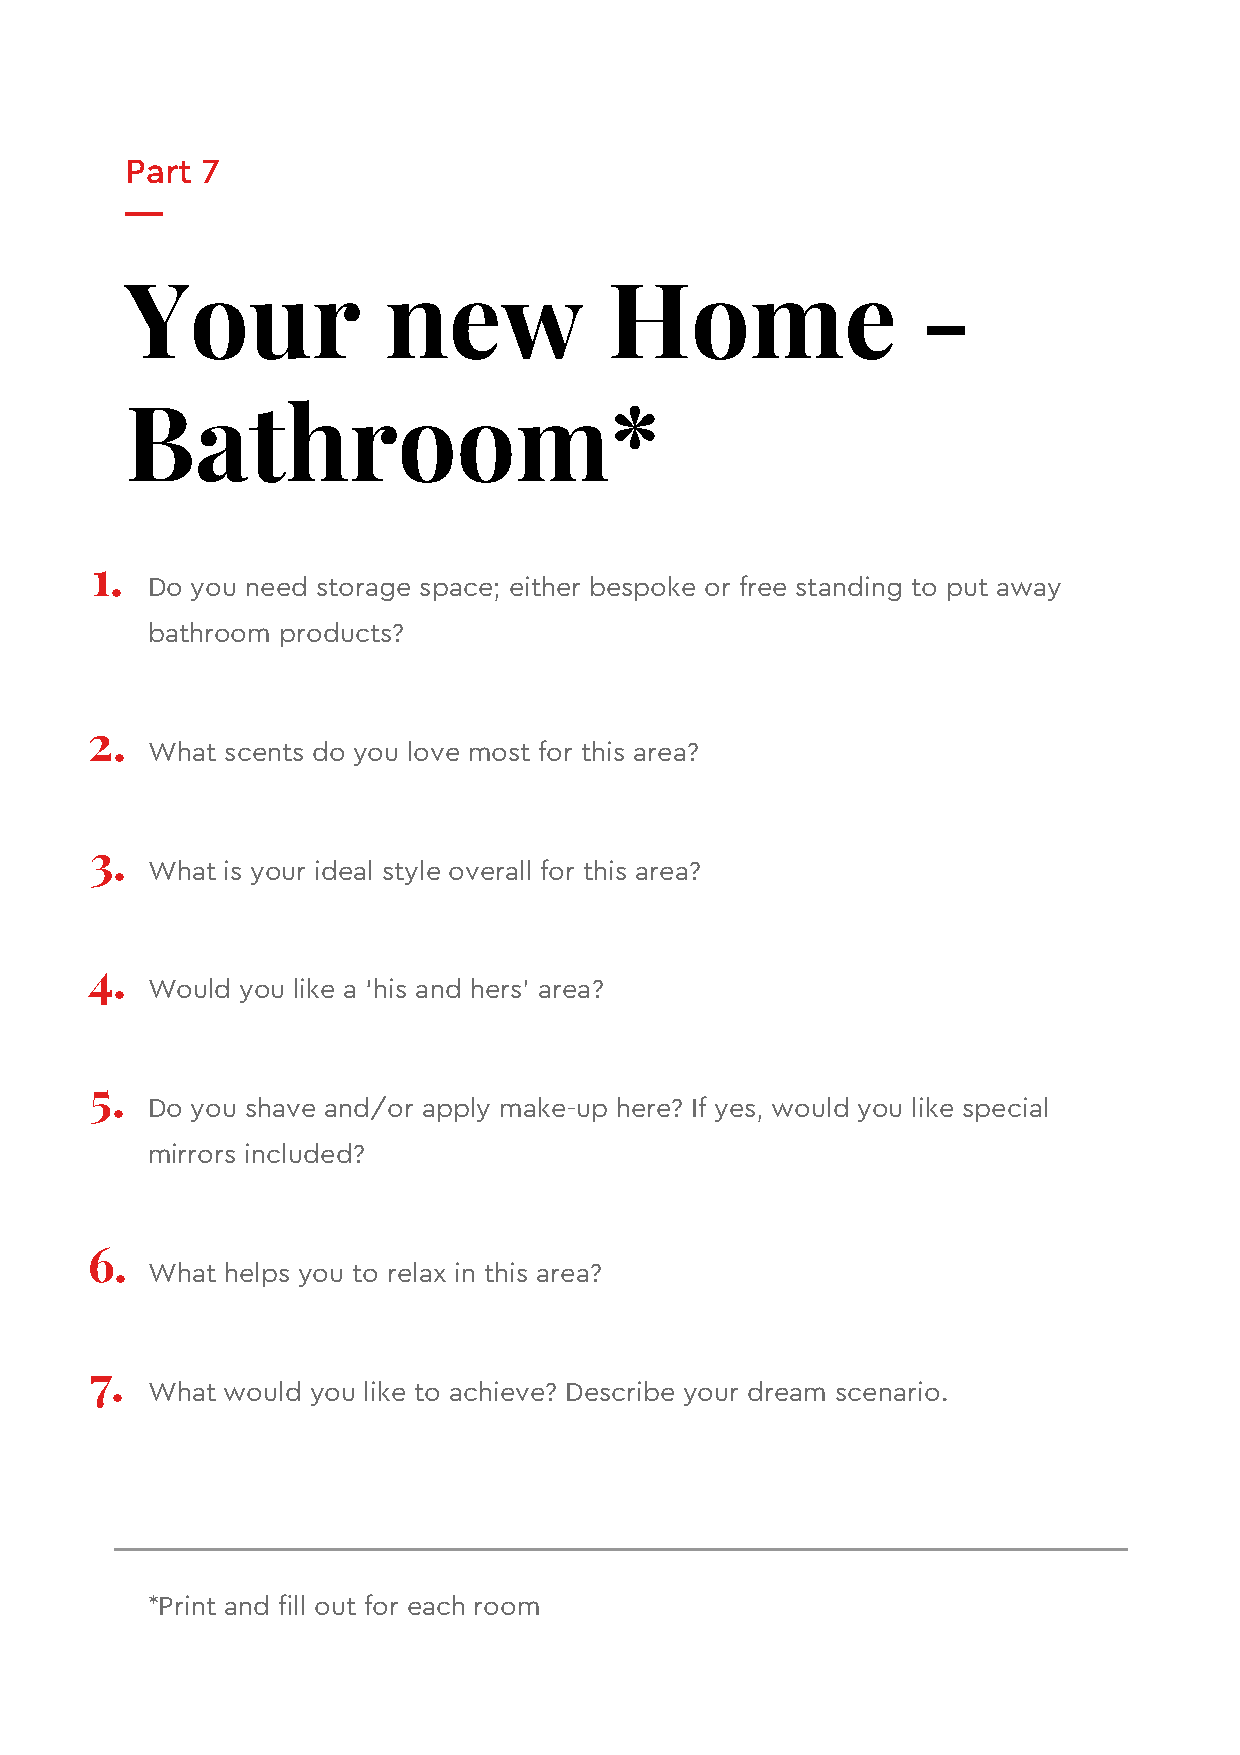
Part 7
 Your             new            Home                 -
 Bathroom*
 1.
 Do you need storage space; either bespoke or free standing to put away
 bathroom products?
 2.
 What scents do you love most for this area?
 3.
 What is your ideal style overall for this area?
 4.
 Would you like a ‘his and hers’ area?
 5.
 Do you shave and/or apply make-up here? If yes, would you like special
 mirrors included?
 6.
 What helps you to relax in this area?
 7.
 What would you like to achieve? Describe your dream scenario.
 *Print and fill out for each room